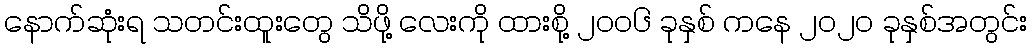
နောက်ဆုံးရ သတင်းထူးတွေ သိဖို့ လေးကို ထားစို့ ၂၀၀၆ ခုနှစ် ကနေ ၂၀၂၀ ခုနှစ်အတွင်း